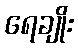
ရေချိုး